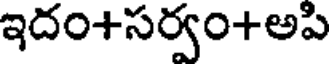
ఇదం+సర్వం+అపి